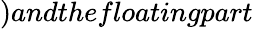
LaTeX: )andthefloatingpart